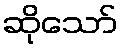
ဆိုသော်